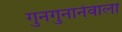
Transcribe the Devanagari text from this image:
गुनगुनानेवाला